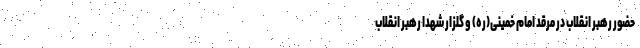
حضور رهبر انقلاب در مرقد امام خمینی(ره) و گلزار شهدا رهبر انقلاب